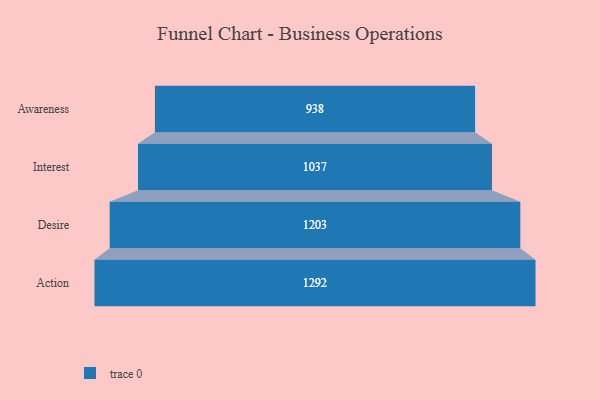
{"axis": {"x": "Stage", "y": "Value"}, "legend": [""], "data": [{"x": "Awareness", "y": 938.0, "type": ""}, {"x": "Interest", "y": 1037.0, "type": ""}, {"x": "Desire", "y": 1203.0, "type": ""}, {"x": "Action", "y": 1292.0, "type": ""}]}